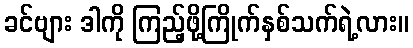
ခင်ဗျား ဒါကို ကြည့်ဖို့ကြိုက်နှစ်သက်ရဲ့လား။